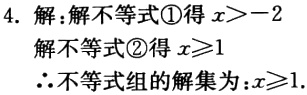
4. 解：解不等式\textcircled{1}得 \(x > - 2\)

解不等式\textcircled{2}得 \(x\geqslant1\)

\(\therefore\)不等式组的解集为 \(x\geqslant1\).